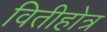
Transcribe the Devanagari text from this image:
वितीहोत्र